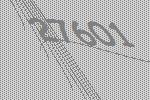
27601